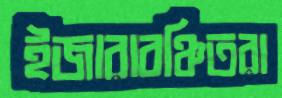
ইজারাবঞ্চিতরা